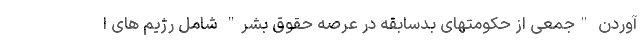
آوردن "جمعی از حکومتهای بدسابقه در عرصه حقوق بشر" شامل رژیم های ا